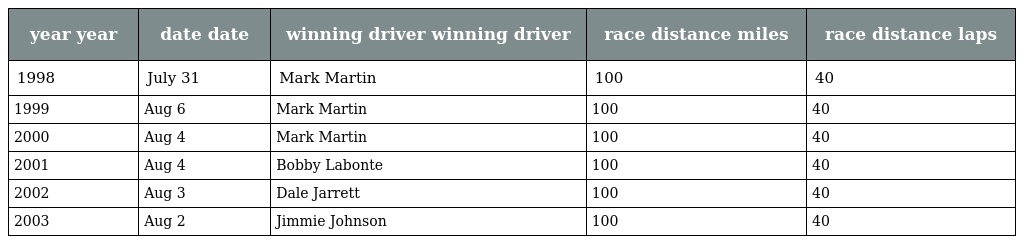
| year year | date date | winning driver winning driver | race distance miles | race distance laps |
 | --- | --- | --- | --- | --- |
 | 1998 | July 31 | Mark Martin | 100 | 40 |
 | 1999 | Aug 6 | Mark Martin | 100 | 40 |
 | 2000 | Aug 4 | Mark Martin | 100 | 40 |
 | 2001 | Aug 4 | Bobby Labonte | 100 | 40 |
 | 2002 | Aug 3 | Dale Jarrett | 100 | 40 |
 | 2003 | Aug 2 | Jimmie Johnson | 100 | 40 |